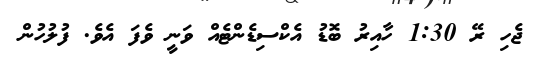
ޖެހި ރޭ 1:30 ހާއިރު ބޮޑު އެކްސިޑެންޓެއް ވަނީ ވެފަ އެވެ. ފުލުހުން